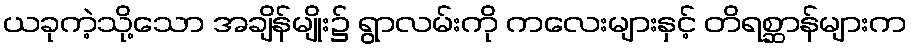
ယခုကဲ့သို့သော အချိန်မျိုး၌ ရွာလမ်းကို ကလေးများနှင့် တိရစ္ဆာန်များက